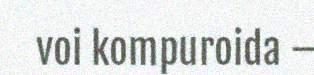
voi kompuroida –